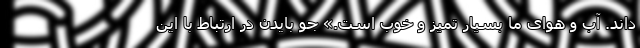
‌داند. آب و هوای ما بسیار تمیز و خوب است.» جو بایدن در ارتباط با این